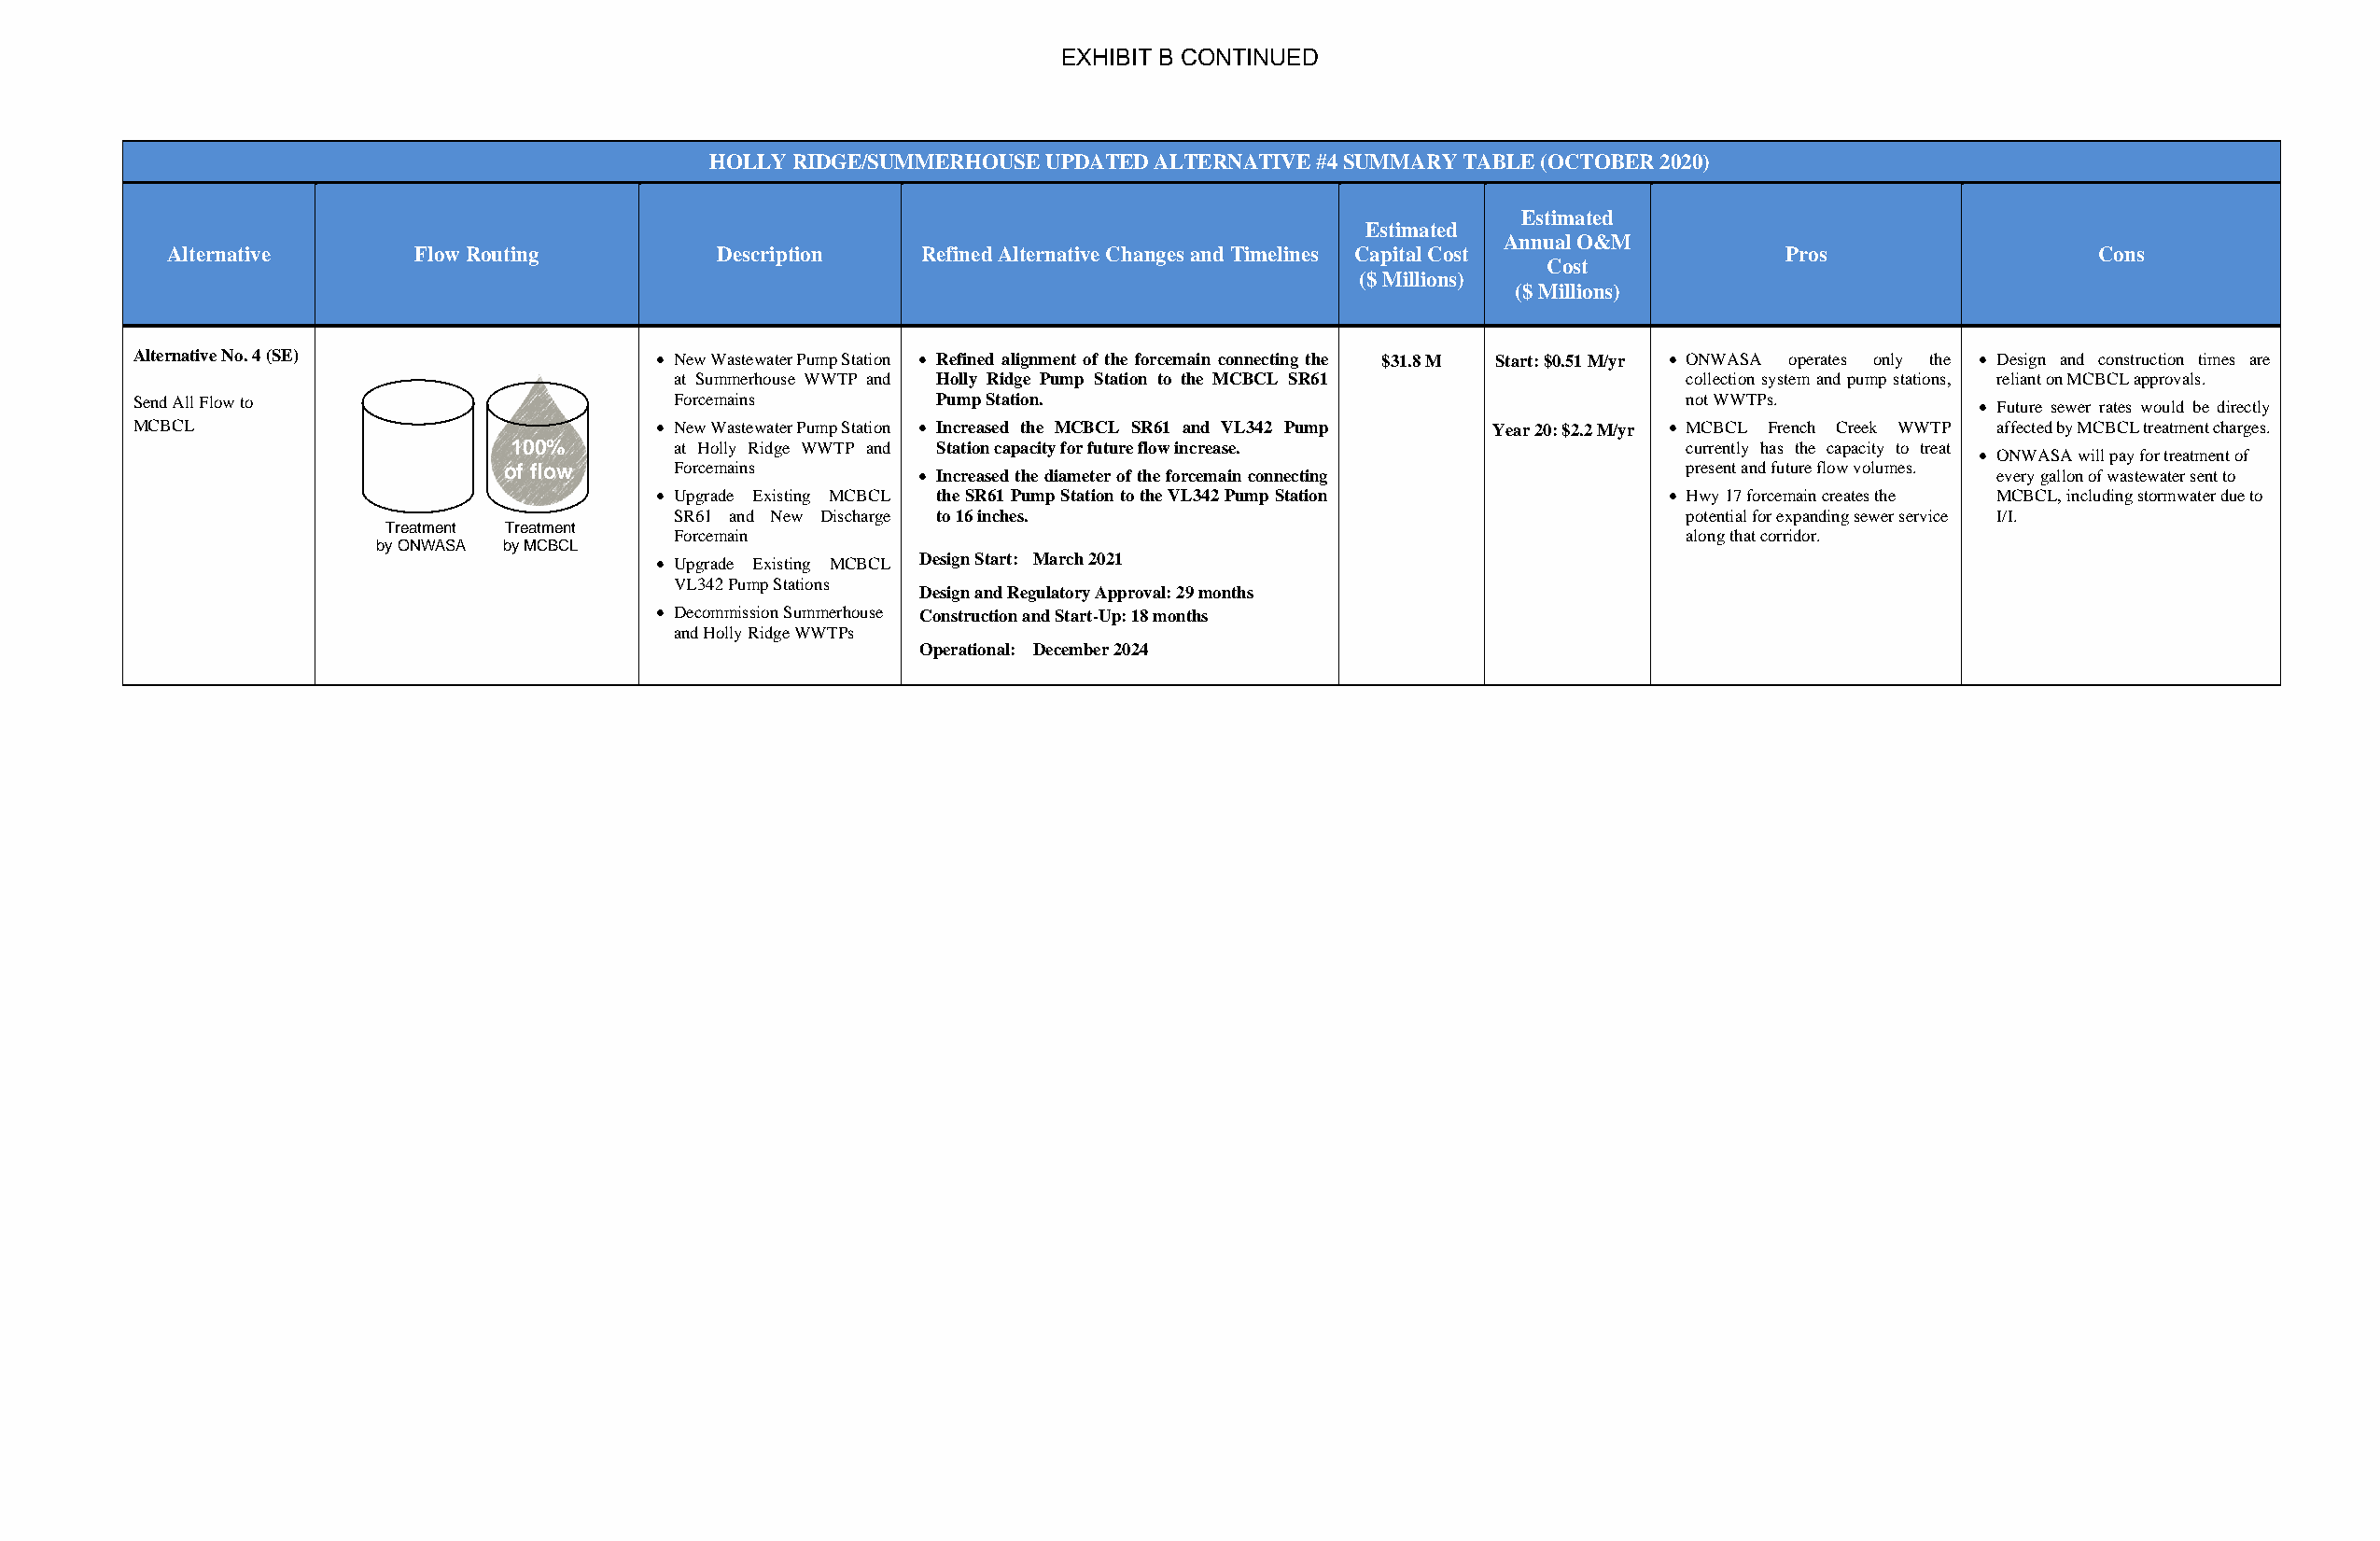
EXHIBIT B CONTINUED
 HOLLY RIDGE/SUMMERHOUSE UPDATED ALTERNATIVE #4 SUMMARY TABLE (OCTOBER 2020)
 Estimated
 Estimated
 Annual O&M
 Alternative      Flow Routing          Description   Refined Alternative Changes and Timelines Capital Cost        Pros                  Cons
 Cost
 ($ Millions)
 ($ Millions)
 Alternative No. 4 (SE)                • New Wastewater Pump Station • Refined alignment of the forcemain connecting the $31.8 M Start: $0.51 M/yr • ONWASA operates only the • Design and construction times are
 at Summerhouse WWTP and Holly Ridge Pump Station to the MCBCL SR61      collection system and pump stations, reliant on MCBCL approvals.
 Send All Flow to                       Forcemains        Pump Station.                                         not WWTPs.          • Future sewer rates would be directly
 MCBCL                                 • New Wastewater Pump Station • Increased the MCBCL SR61 and VL342 Pump Year 20: $2.2 M/yr • MCBCL French Creek WWTP affected by MCBCL treatment charges.
 100%        at Holly Ridge WWTP and Station capacity for future flow increase.      currently has the capacity to treat
 40% of                                                                                                           • ONWASA will pay for treatment of
 flow    of flow     F orcemains      • Increased the diameter of the forcemain connecting   present and future flow volumes. every gallon of wastewater sent to
 • Upgrade Existing MCBCL the SR61 Pump Station to the VL342 Pump Station • Hwy 17 forcemain creates the MCBCL, including stormwater due to
 SR61 and New Discharge to 16 inches.                                    potential for expanding sewer service I/I.
 Treatment Treatment
 Forcemain                                                               along that corridor.
 by ONWASA by MCBCL
 • Upgrade Existing MCBCL Design Start: March 2021
 VL342 Pump Stations
 Design and Regulatory Approval: 29 months
 • Decommission Summerhouse Construction and Start-Up: 18 months
 and Holly Ridge WWTPs
 Operational: December 2024